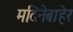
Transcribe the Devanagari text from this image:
मदिनेबाहेर